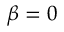
\beta = 0